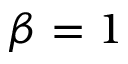
\beta = 1